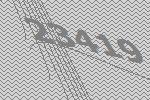
23419